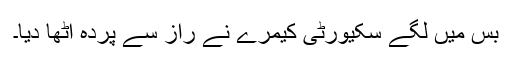
بس میں لگے سکیورٹی کیمرے نے راز سے پردہ اٹھا دیا۔